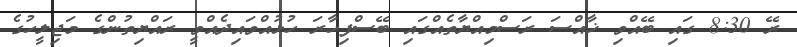
ރޭ 8:30 ގައި ބޭއްވި ޚާއްސަ ރަސްމިއްޔާތެއްގައި ބޭސްފިހާރަ ހުޅުއްވައިދެއްވީ ރައްޔިތުންގެ މަޖިލީހުގެ